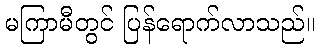
မကြာမီတွင် ပြန်ရောက်လာသည်။